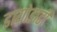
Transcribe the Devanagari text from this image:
डायोडाटी